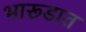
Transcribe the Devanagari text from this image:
भारूडात